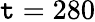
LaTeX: \mathtt{t}=280